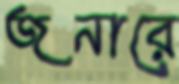
জনারে